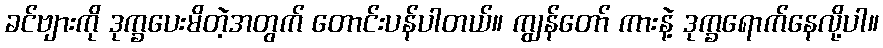
ခင်ဗျားကို ဒုက္ခပေးမိတဲ့အတွက် တောင်းပန်ပါတယ်။ ကျွန်တော် ကားနဲ့ ဒုက္ခရောက်နေလို့ပါ။